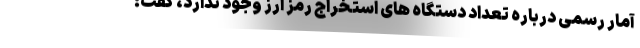
آمار رسمی درباره تعداد دستگاه های استخراج رمز ارز وجود ندارد، گفت: